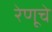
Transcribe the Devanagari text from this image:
रेणूचे